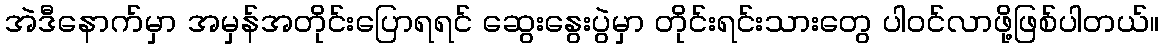
အဲဒီနောက်မှာ အမှန်အတိုင်းပြောရရင် ဆွေးနွေးပွဲမှာ တိုင်းရင်းသားတွေ ပါဝင်လာဖို့ဖြစ်ပါတယ်။